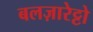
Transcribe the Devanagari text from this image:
बलज़ारेट्टो